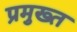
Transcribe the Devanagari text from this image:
प्रमुख्त